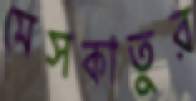
মেসকাতুর